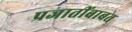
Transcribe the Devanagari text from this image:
प्रजातींबाबत